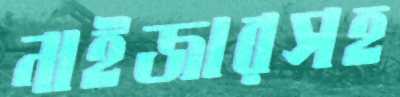
নাইজারসহ